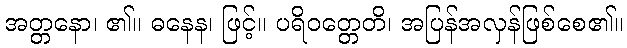
အတ္တနော၊ ၏။ ဓနေန၊ ဖြင့်။ ပရိဝတ္တေတိ၊ အပြန်အလှန်ဖြစ်စေ၏။